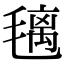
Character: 𣯤